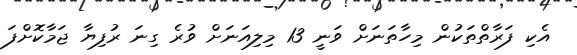
އެކި ފަރާތްތަކުން މިހާތަނަށް ވަނީ 13 މިލިއަނަށް ވުރެ ގިނަ ރުފިޔާ ޖަމާކޮށްފަ